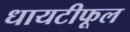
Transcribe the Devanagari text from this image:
धायटीफूल